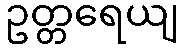
ဥတ္တရေယျ